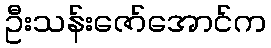
ဦးသန်းဇော်အောင်က